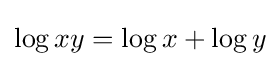
\log {xy}=\log {x}+\log {y}